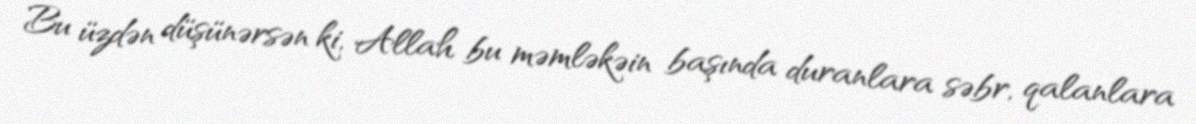
Bu üzdən düşünərsən ki, Allah bu məmləkəin başında duranlara səbr, qalanlara